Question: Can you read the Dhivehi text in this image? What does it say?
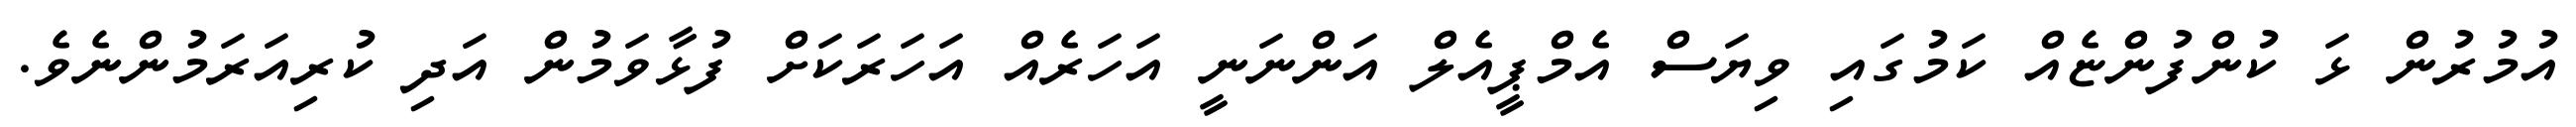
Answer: އުމުރުން ޅަ ކުންފުންޏެއް ކަމުގައި ވިޔަސް އެމްޕީއެލް އަންނަނީ އަހަރެއް އަހަރަކަށް ފުޅާވަމުން އަދި ކުރިއަރަމުންނެވެ.